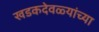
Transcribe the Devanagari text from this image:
खडकदेवळ्यांच्या